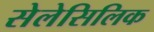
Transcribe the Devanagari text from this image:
सेलेसिलिक